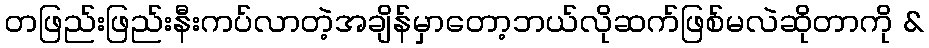
တဖြည်းဖြည်းနီးကပ်လာတဲ့အချိန်မှာတော့ဘယ်လိုဆက်ဖြစ်မလဲဆိုတာကို &